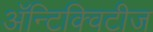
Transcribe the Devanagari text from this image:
अॅन्टिक्विटीज